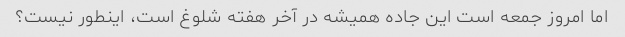
اما امروز جمعه است این جاده همیشه در آخر هفته شلوغ است، اینطور نیست؟